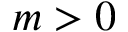
m > 0